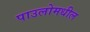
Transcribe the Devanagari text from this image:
पाउलोमधील